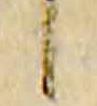
候